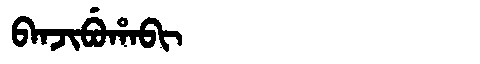
Manchu: ᠪᠠᠨᠵᡳᠪᡠᡥᠠᠪᡳ
Romanization: BANJIBUHABI